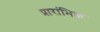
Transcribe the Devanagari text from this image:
प्रारांभिक